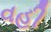
વહી